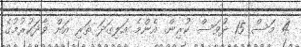
4 މަސް 15 ދުވަސް ކުރިން. އެންމެ އަލިގަދަ ތަރި އަށް ވާދަކުރުމުގެ